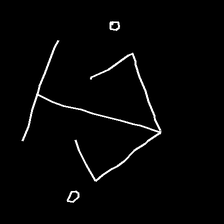
Glyph: earth